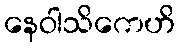
နေဝါသိကေဟိ